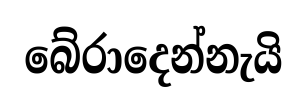
බේරාදෙන්නැයි